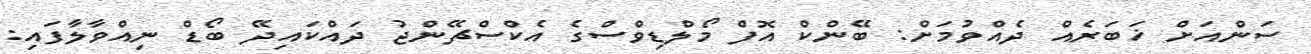
ސަންއަށް ޚަބަރެއް ދެއްވުމަށް: ބޭންކް އޮފް މޯލްޑިވްސްގެ އެކްސްޗޭންޖު ދައްކައިދޭ ބޯޑް ނިއްވާލާފައި: